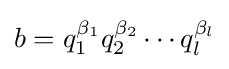
b=q_{1}^{\beta _{1}}q_{2}^{\beta _{2}}\cdots q_{l}^{\beta _{l}}